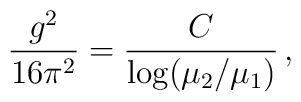
\frac{g^2}{16\pi^2} = \frac{C}{\log(\mu_2/\mu_1)}\,,